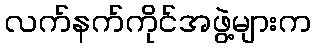
လက်နက်ကိုင်အဖွဲ့များက